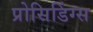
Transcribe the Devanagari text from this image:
प्रोसिडिंग्स